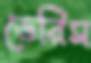
ডেরিস